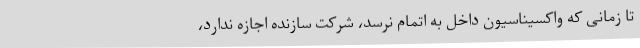
تا زمانی که واکسیناسیون داخل به اتمام نرسد، شرکت سازنده اجازه ندارد،